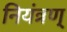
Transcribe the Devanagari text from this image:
नियंत्रण्